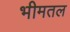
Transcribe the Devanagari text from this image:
भीमतल